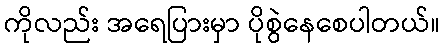
ကိုလည်း အရေပြားမှာ ပိုစွဲနေစေပါတယ်။